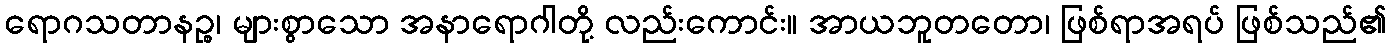
ရောဂသတာနဉ္စ၊ များစွာသော အနာရောဂါတို့ လည်းကောင်း။ အာယဘူတတော၊ ဖြစ်ရာအရပ် ဖြစ်သည်၏